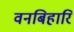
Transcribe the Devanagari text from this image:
वनबिहारि